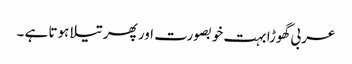
عربی گھوڑا بہت خوبصورت اور پھر تیلا ہوتا ہے ۔